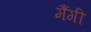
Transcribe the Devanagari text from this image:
मैंगी